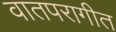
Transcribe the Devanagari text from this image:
वातपरागीत